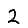
Digit: 2